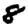
Digit: 8